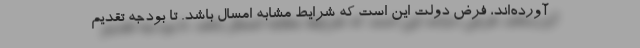
آورده‌اند، فرض دولت این است كه شرایط مشابه امسال باشد. تا بودجه تقدیم